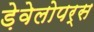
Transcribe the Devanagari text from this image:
ड़ेवेलोपर्स